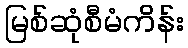
မြစ်ဆုံစီမံကိန်း